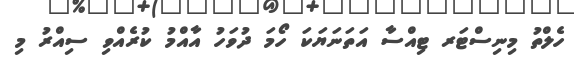
ހެލްތު މިނިސްޓަރ ޓިއްސާ އަތަނަޔަކަ ހޯމަ ދުވަހު އާއްމު ކުރެއްވި ސިއްރު މި